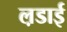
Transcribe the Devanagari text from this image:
ल़डाई